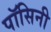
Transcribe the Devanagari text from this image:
पॉसिनी